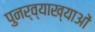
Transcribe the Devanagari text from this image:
पुनर्व्याख्याओं